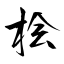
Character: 桧